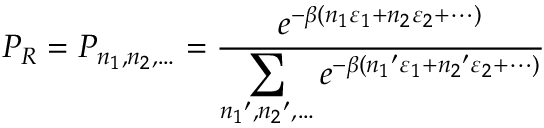
P _ { R } = P _ { n _ { 1 } , n _ { 2 } , \ldots } = { \frac { e ^ { - \beta ( n _ { 1 } \varepsilon _ { 1 } + n _ { 2 } \varepsilon _ { 2 } + \cdots ) } } { \displaystyle \sum _ { { n _ { 1 } } ^ { \prime } , { n _ { 2 } } ^ { \prime } , \ldots } e ^ { - \beta ( { n _ { 1 } } ^ { \prime } \varepsilon _ { 1 } + { n _ { 2 } } ^ { \prime } \varepsilon _ { 2 } + \cdots ) } } }